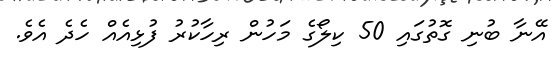
އޭނާ ބުނި ގޮތުގައި 50 ކިލޯގެ މަހުން ރިހާކުރު ފުޅިއެއް ހެދެ އެވެ.